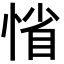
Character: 𢜫